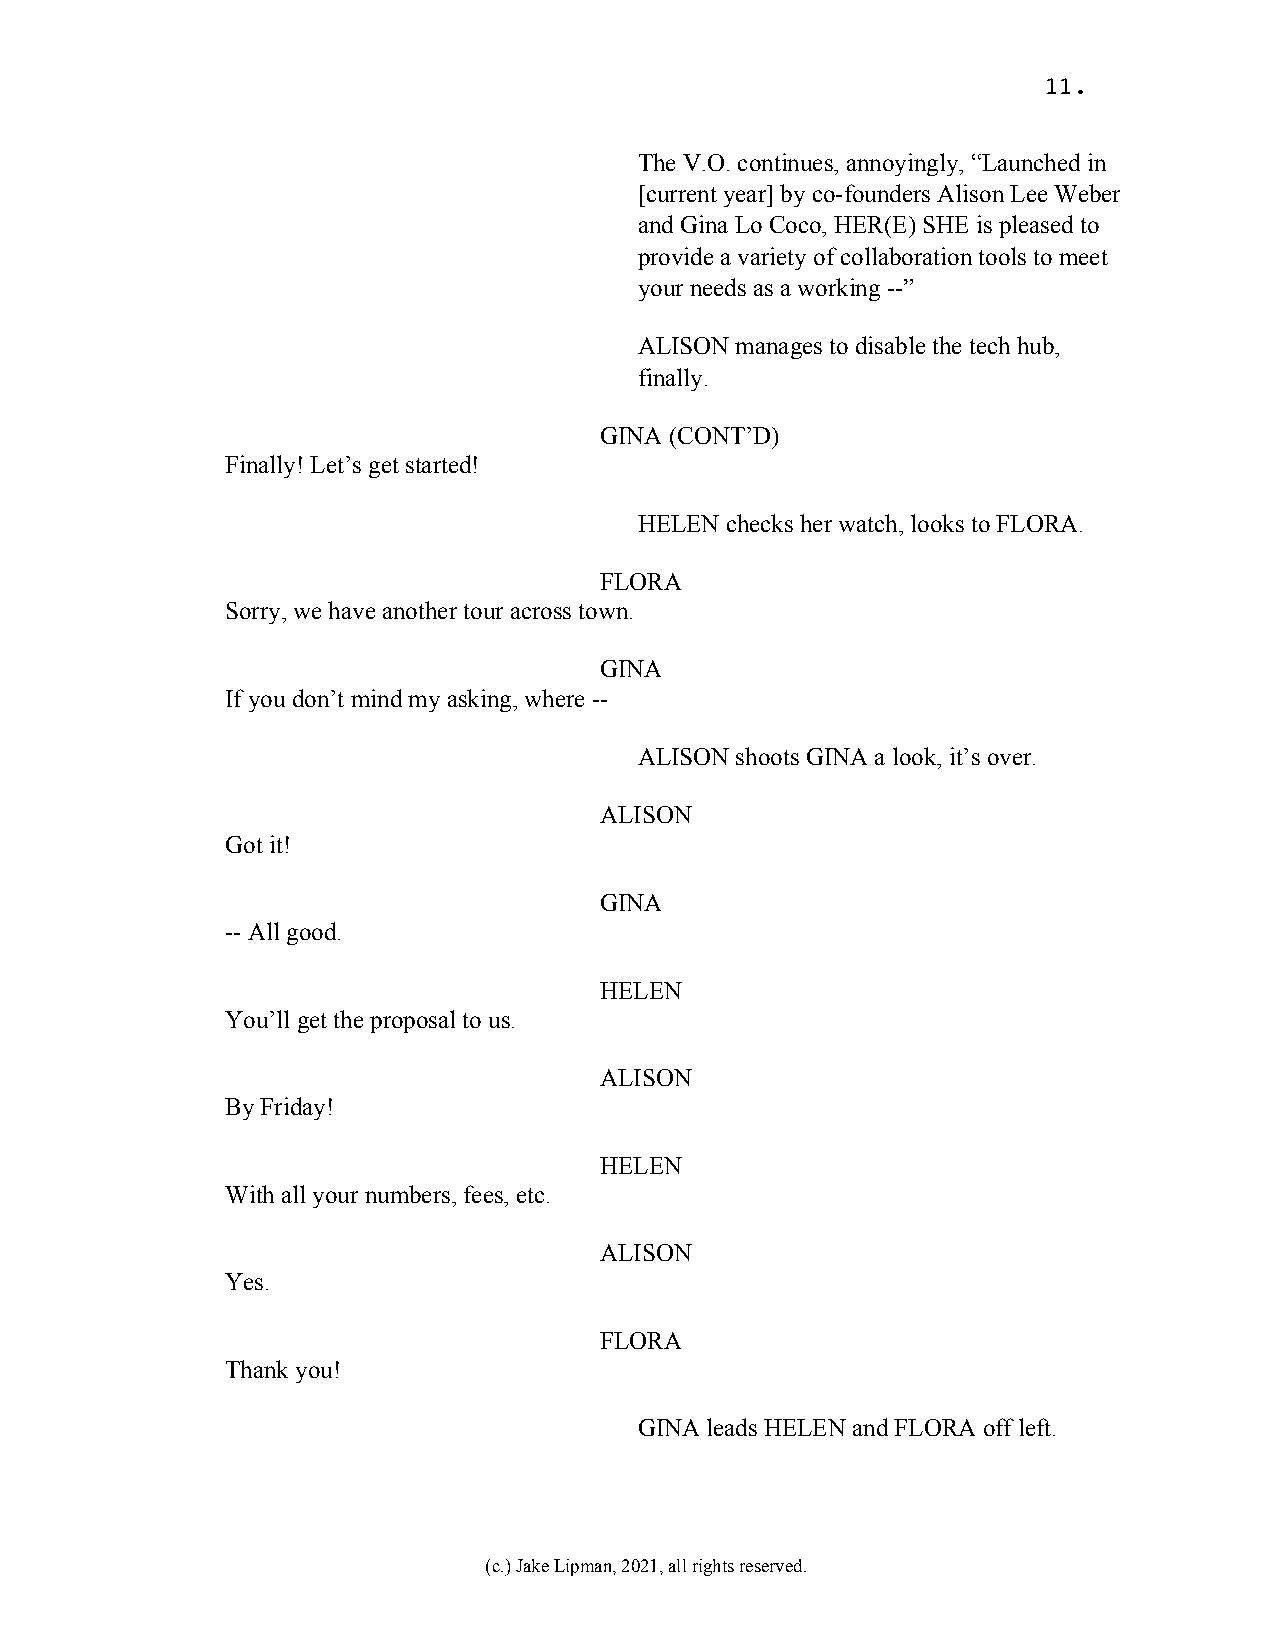
11.
 The V.O. continues, annoyingly, “Launched in
 [current year] by co-founders Alison Lee Weber
 and Gina Lo Coco, HER(E) SHE is pleased to
 provide a variety of collaboration tools to meet
 your needs as a working --”
 ALISON manages to disable the tech hub,
 finally.
 GINA (CONT’D)
 Finally! Let’s get started!
 HELEN checks her watch, looks to FLORA.
 FLORA
 Sorry, we have another tour across town.
 GINA
 If you don’t mind my asking, where --
 ALISON shoots GINA a look, it’s over.
 ALISON
 Got it!
 GINA
 -- All good.
 HELEN
 You’ll get the proposal to us.
 ALISON
 By Friday!
 HELEN
 With all your numbers, fees, etc.
 ALISON
 Yes.
 FLORA
 Thank you!
 GINA leads HELEN and FLORA off left.
 (c.) Jake Lipman, 2021, all rights reserved.